Lock hospitals Punjab
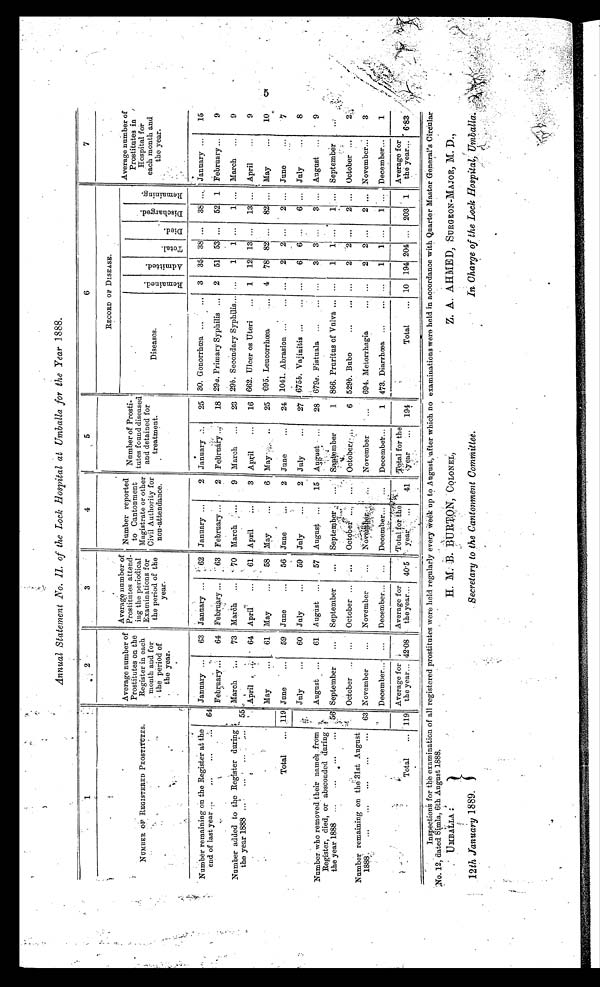
H. M. B. BURTON, COLONEL,
Secretary to the Cantonment Committee.
Z. A. AHMED, SURGEON-MAJOR, M. D..
In Charge of the Lock Hospital. Umballa
Annual Statement No. 11. of the Lock Hospital at Umballa for the Year 1888.
1 2
3
4
5
6
7
NUMBER OF REGISTERED PROSTITUTES.
Average number of
Prostitutes on the
Register in each
month and for
the period of
the year.
Average numberof
Prostitute attend-
i n g
t h e p e r i o d i c a l
Examinations for
the period of the
year.
Number reported
to Cantonment
Magistrate or other
Civil Authority for
non-attendance.
Number of Prosti-
tutes found diseased
and detained for
treatment.
RECORD OF DISEASE.
Average number of
Prostitutes in
Hospital for
each month and
the year .
Diseases.
R e m a i n e d . A d m i t t e d .
T o t a l .
D i e d .
D i s c h a r g e d .
R e m a i n i n g .
Number remaining on the Register at the
end of last year ...
...
...
...
. . .
64
January ...
63 January ...
62 January ...
2 January . . .
25 30. Gonorrhea ...
... 3 35 38 ... 38 ... January ...
15
F e b r u a r y . . .
64 February ...
63 February ...
2
F e b r u a r y
18 29a. Primary Syphilis ... 2 51 53 ... 52 1 February ...
9
Number added to the Register during
the year 1888 ...
...
...
. .
55
March
73
M a r c h
. . .
7 0 March
9 March ...
23 2 9 b . S e c o n d a r y S y p h i l i s . . .
...
1 1 ...
1 ... March ...
9
April . . .
64
A p r i l
...
61 April
...
3 April
...
16 662. Ulcer os Uteri
. . . 1 12 13 ... 13 ... April
9
Total
...
May
...
61 May
...
58 May...
6 May
...
25 695. Leucorrhcea
.... 4 78 82 ... 82 ... May
...
10
119
J u n e
. . .
59 June
...
56 June
....
2 June
...
24 1041. Abrasion
... ...
2 2 ...
2 ... June
...
...
7
Number who removed their names from
Register, died, or absconded during
the year 1888 ...
... ....
...
.
.
56 July
...
60 July
...
59 July
....
2 July
...
27 675. Vajinitis ...
... ...
6 6 ...
6 ... July
...
8
August ...
61 August ...
57 August ...
15 August ...
28 679e. Fistuala ...
. . . 3 3 ...
3 ... August ...
9
September
... September
... September ... ...
September
1 866. Pruritus of Vulva ... ...
1 1 ...
1 ... September
. . . .
October ... ...
October ... ...
O c t o b e r . . .
.
....
October
6 529b. Bubo
... ... . . . 2
2 ...
2 ... October ...
2
Number remaining on the 31st August
1888
...
...
...
...
... 63 November
... November
...
November
. . . November
...
694. Metorrhagia
...
2 2 ...
2 ... November
3
December ...
December... ... December... ... December...
1 473. Diarrhoea. ... ...
...
1 1 ...
1 ... December...
1
Total
... 119
Average for
the year.. 42.08
Average for
the year...
4 1
Totalfor the
year ...
1 9 4
Total for the
year ...
.... ...
194
Total
... 10 194 204
. . .
203
1
Average for
the year .... 6.83
I n s p e c t i o n s f o r t h e e x a m i n a t i o n o f a l l r e g i s t e r e d p r o s t i t u t e s w e r e h e l d r e g u l a r l y e v e r y W e e k s u p t o A u g u s t , a f t e r w h i c h n o e x a m i n a t i o n s w e r e h e l d i n a c c o r d a n c e w i t h Q u a r t e r M a s t e r G e n e r a l ' s C i r c u l a r
No. 12, dated Simla. 6th August 1888.
UMBRELLA
12th January 1889.